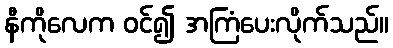
နီကိုလေက ဝင်၍ အကြံပေးလိုက်သည်။